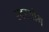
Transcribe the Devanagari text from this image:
स्वरयोग